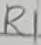
Text: R1